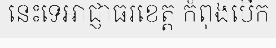
នេះទេអាជ្ញាធរខេត្ត កំពុងបើក